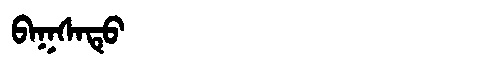
Manchu: ᠪᠠᡴᠰᠠᡨᡠ
Romanization: BAKSATU